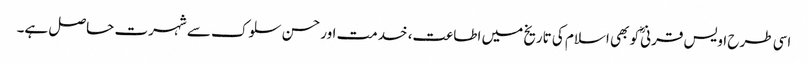
اسی طرح اویس قرنیؓ کو بھی اسلام کی تاریخ میں اطاعت، خدمت اور حسن سلوک سے شہرت حاصل ہے۔